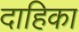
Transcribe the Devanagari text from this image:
दाहिका